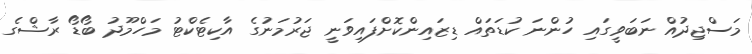
މަސްޖިދުއް ނަބަވީގައި ހުންނަ ކުޑަތައް ޑިޒައިންކޮށްފައިވަނީ ޖަރުމަނުގެ އާކިޓެކްޓު މަހްމޫދު ބޯޑޯ ރާޝްގެ